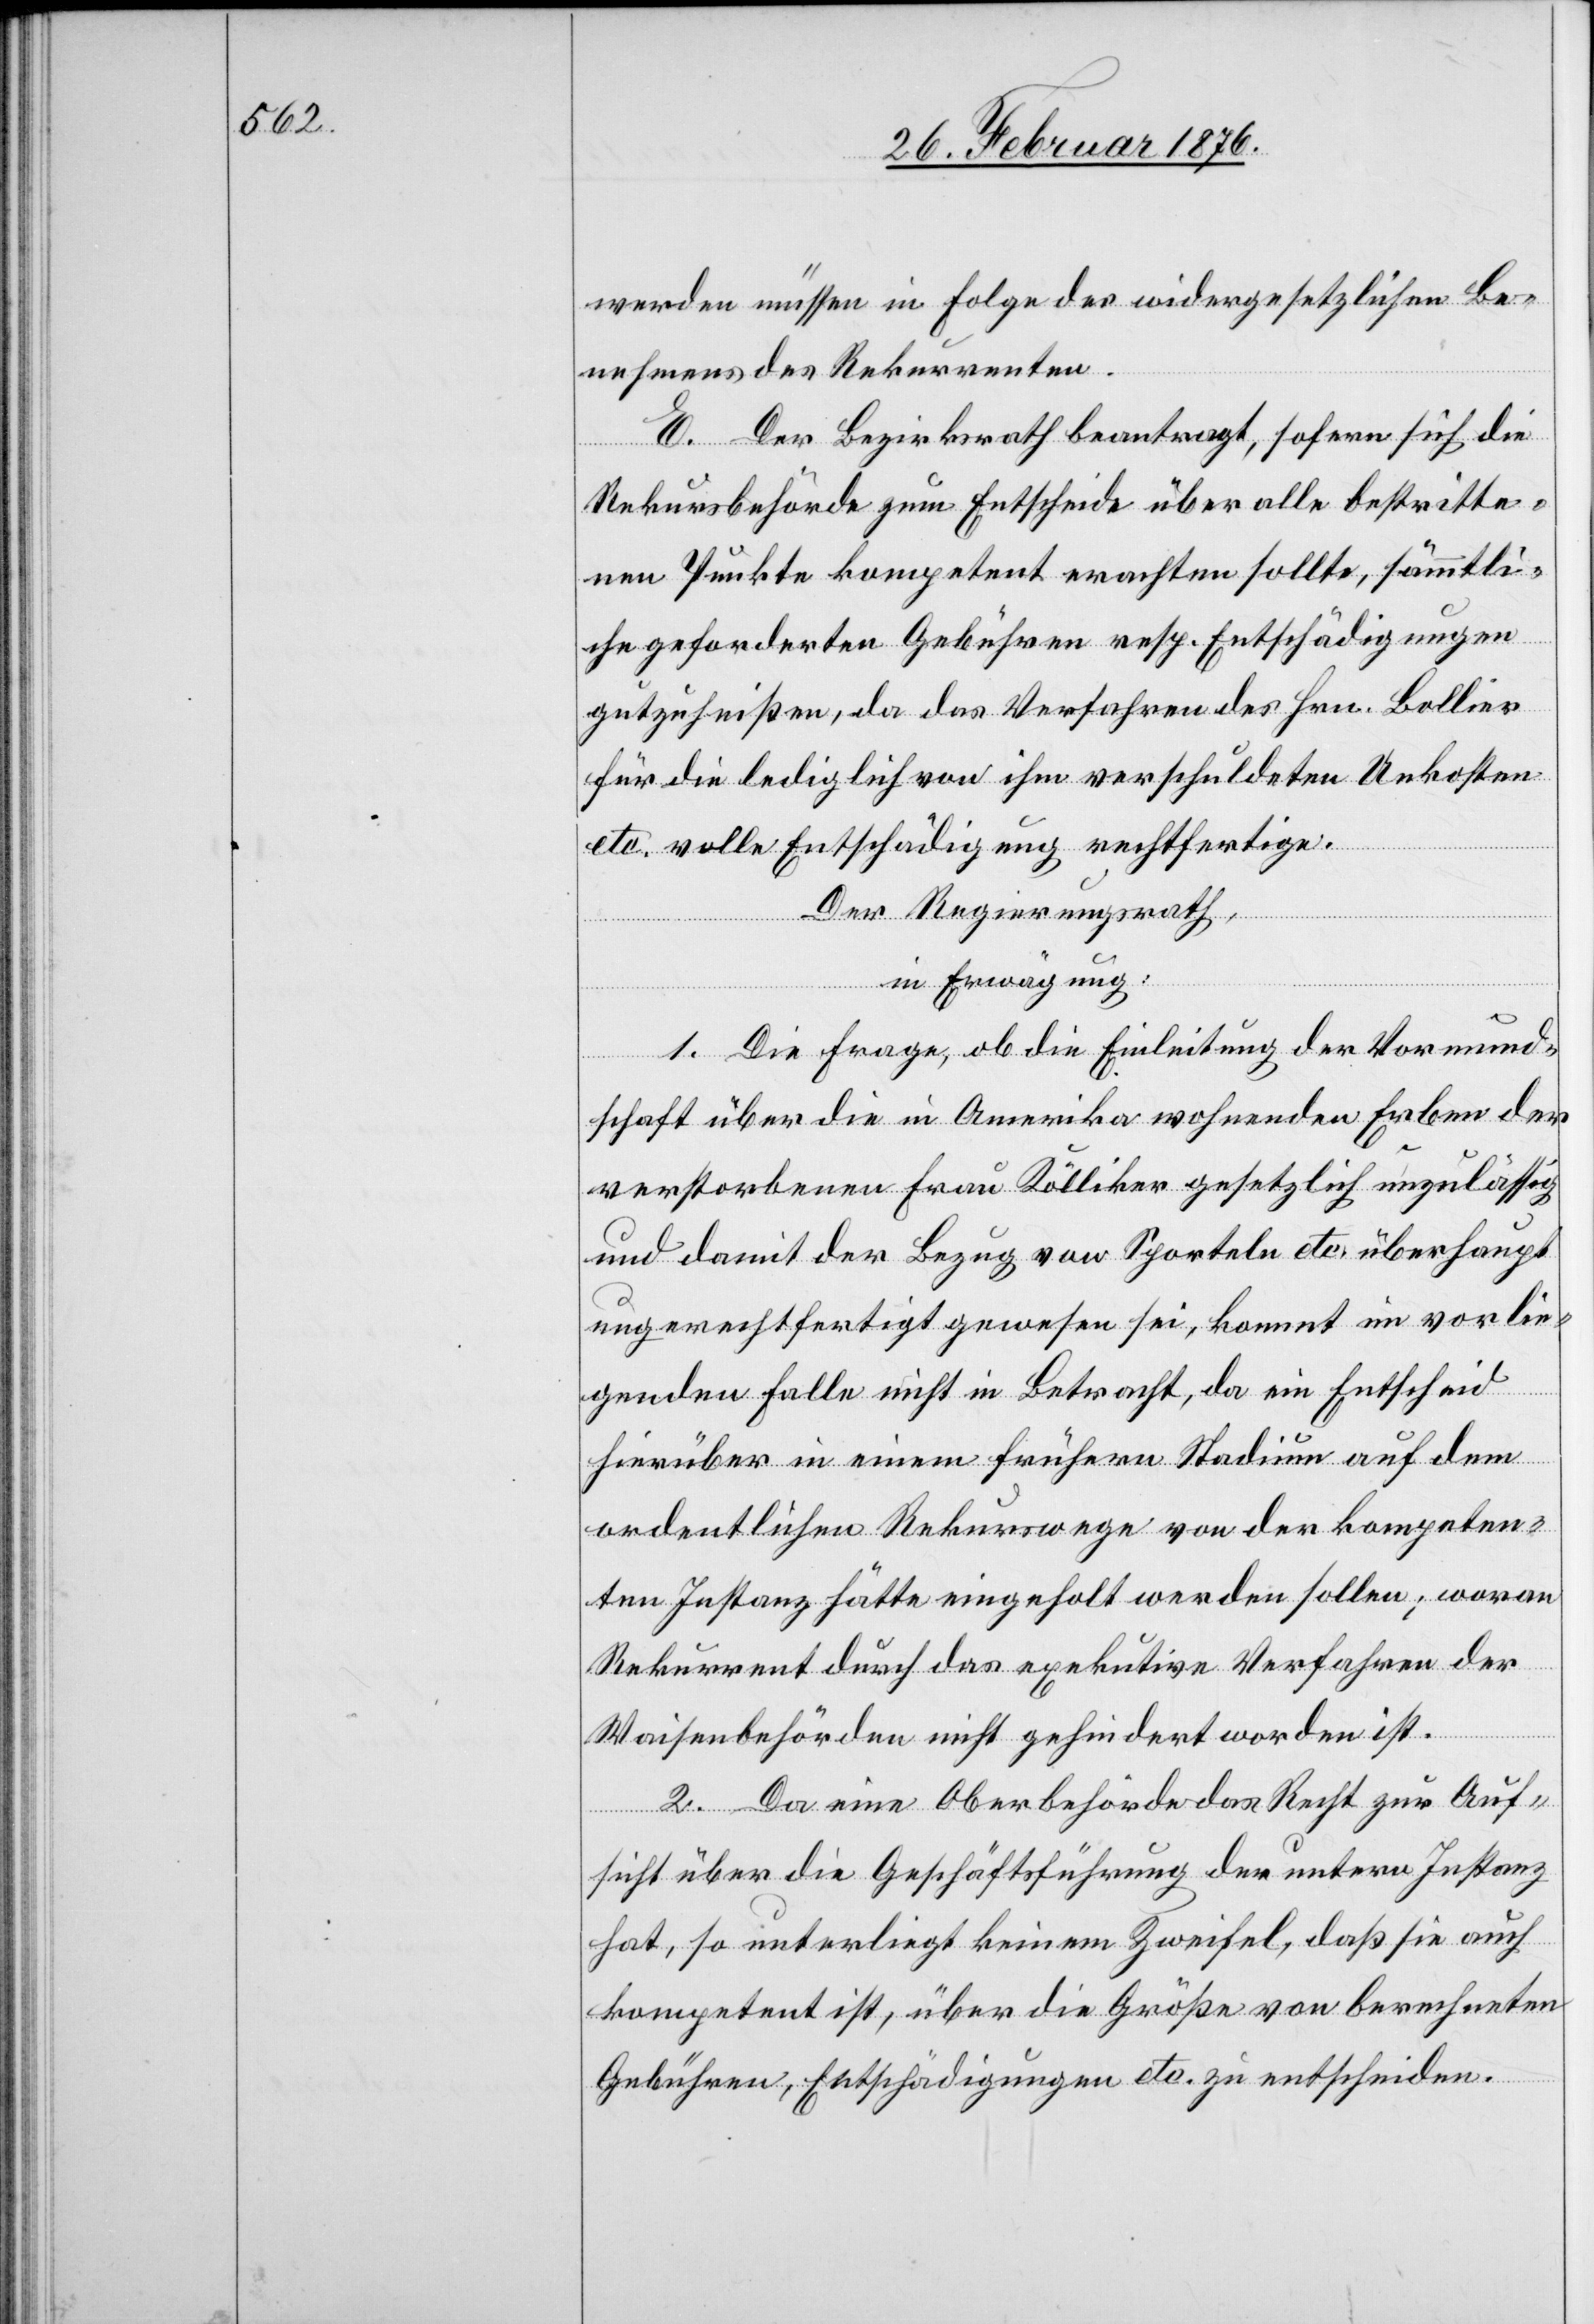
werden müssen in Folge des widergesetzlichen Be¬
nehmens des Rekurrenten.
E. Der Bezirksrath beantragt, sofern sich die
Rekursbehörde zum Entscheide über alle bestritte¬
nen Punkte kompetent erachten sollte, sämmtli¬
che geforderten Gebühren resp. Entschädigungen
gutzuheißen, da das Verfahren des Hrn. Bollier
für die lediglich von ihm verschuldeten Unkosten
etc. volle Entschädigung rechtfertige.
Der Regierungsrath,
in Erwägung:
1. Die Frage, ob die Einleitung der Vormund¬
schaft über die in Amerika wohnenden Erben der
verstorbenen Frau Kölliker gesetzlich unzulässig
und damit der Bezug von Sporteln etc. überhaupt
ungerechtfertigt gewesen sei, kommt im vorlie¬
genden Falle nicht in Betracht, da ein Entscheid
hierüber in einem frühern Stadium auf dem
ordentlichen Rekurswege von der kompeten¬
ten Instanz hätte eingeholt werden sollen; woran
Rekurrent durch das exekutive Verfahren der
Waisenbehörden nicht gehindert worden ist.
2. Da eine Oberbehörde das Recht zur Auf¬
sicht über die Geschäftsführung der untern Instanz
hat, so unterliegt keinem Zweifel, daß sie auch
kompetent ist, über die Größe von berechneten
Gebühren, Entschädigungen etc. zu entscheiden.